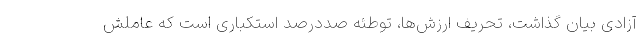
آزادی بیان گذاشت، تحریف ارزش‌ها، توطئه صددرصد استکباری است که عاملش